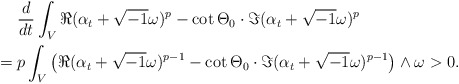
\begin{align*}& \frac{d}{dt}\int_{V}\Re(\alpha_{t}+\sqrt{-1}\omega)^{p}-\cot\Theta_{0}\cdot\Im(\alpha_{t}+\sqrt{-1}\omega)^{p} \\= {} & p\int_{V}\left(\Re(\alpha_{t}+\sqrt{-1}\omega)^{p-1}-\cot\Theta_{0}\cdot\Im(\alpha_{t}+\sqrt{-1}\omega)^{p-1}\right)\wedge \omega> 0.\end{align*}